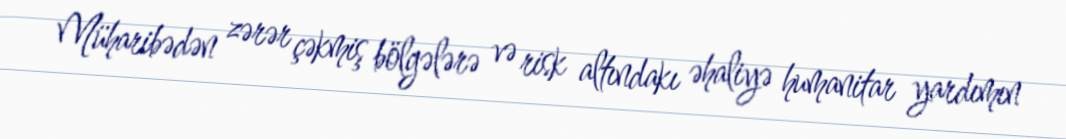
Müharibədən zərər çəkmiş bölgələrə və risk altındakı əhaliyə humanitar yardımın